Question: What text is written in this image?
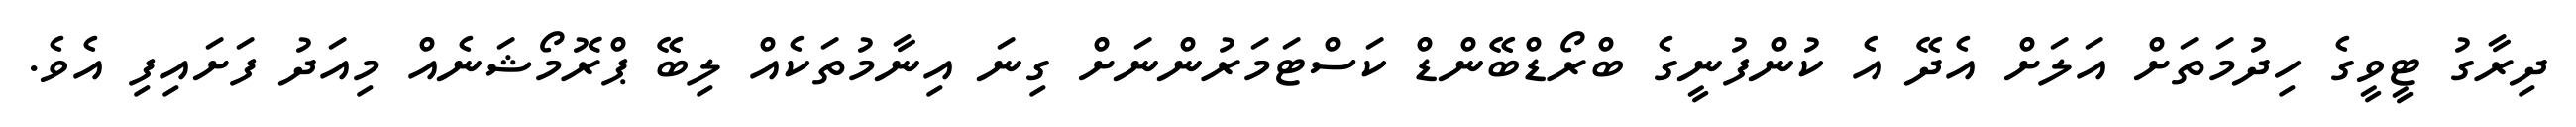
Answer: ދިރާގު ޓީވީގެ ހިދުމަތަށް އަލަށް އެދޭ އެ ކުންފުނީގެ ބްރޯޑްބޭންޑް ކަސްޓަމަރުންނަށް ގިނަ އިނާމުތަކެއް ލިބޭ ޕްރޮމޯޝަނެއް މިއަދު ފަށައިފި އެވެ.